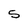
Character: 5